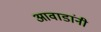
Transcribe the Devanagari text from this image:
आवाडांनी